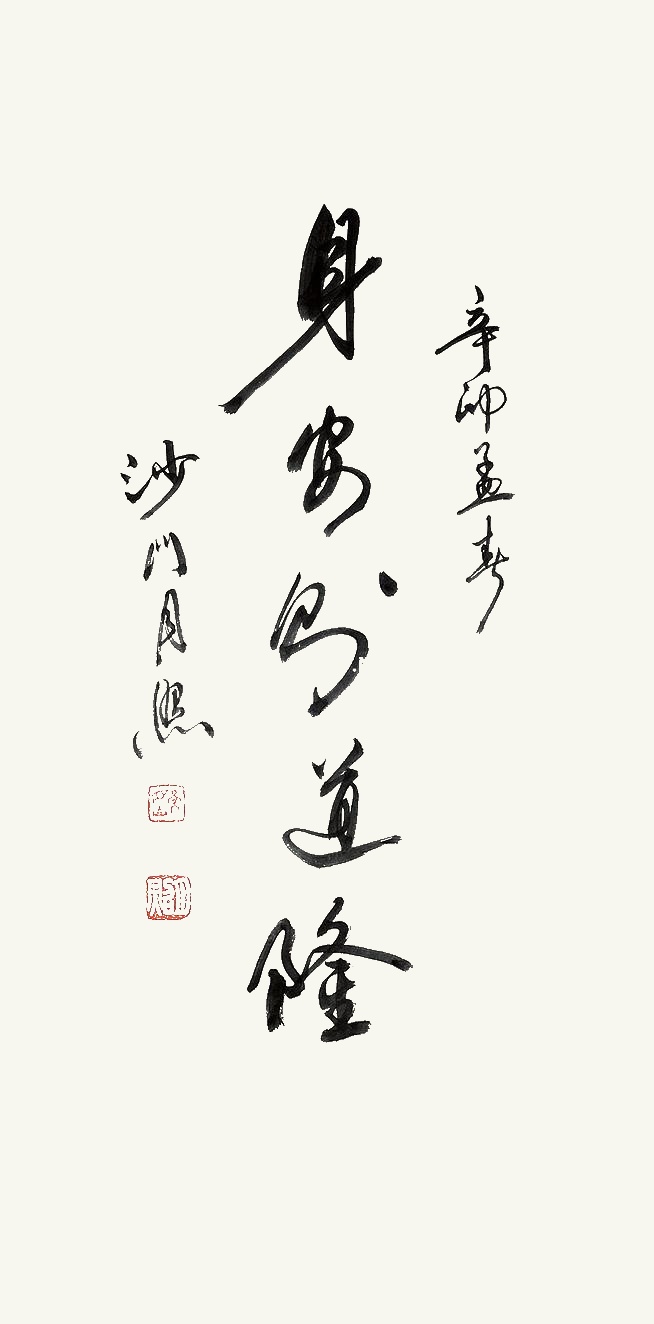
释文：身安而道隆辛卯孟春沙门月照。